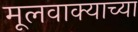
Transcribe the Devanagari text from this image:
मूलवाक्याच्या